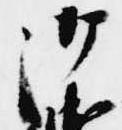
御